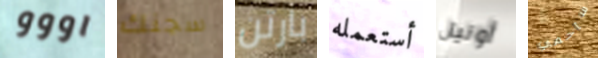
اووو سجنك بارتن أستعمله أونيل سأحمي